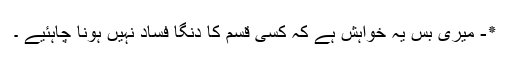
٭- میری بس یہ خواہش ہے کہ کسی قسم کا دنگا فساد نہیں ہونا چاہئیے ۔